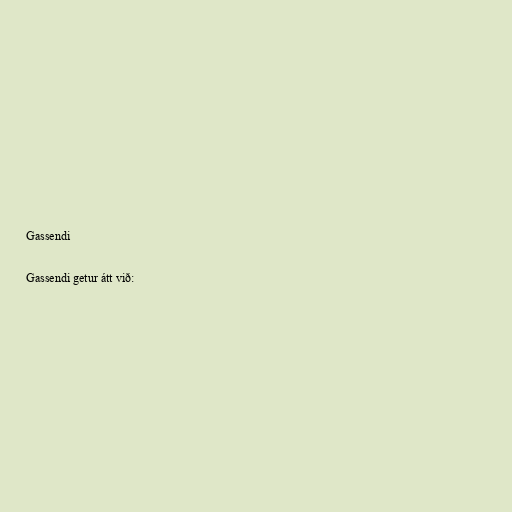
Gassendi

Gassendi getur átt við: